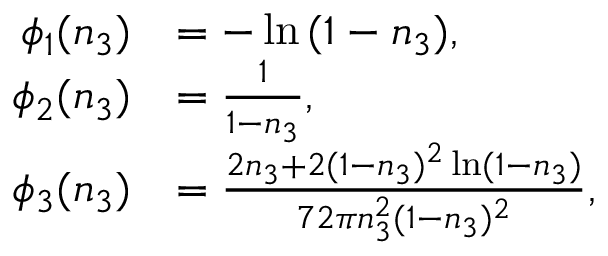
\begin{array} { r l } { \phi _ { 1 } ( n _ { 3 } ) } & { = - \ln { ( 1 - n _ { 3 } ) } , } \\ { \phi _ { 2 } ( n _ { 3 } ) } & { = \frac { 1 } { 1 - n _ { 3 } } , } \\ { \phi _ { 3 } ( n _ { 3 } ) } & { = \frac { 2 n _ { 3 } + 2 ( 1 - n _ { 3 } ) ^ { 2 } \ln ( 1 - n _ { 3 } ) } { 7 2 \pi n _ { 3 } ^ { 2 } ( 1 - n _ { 3 } ) ^ { 2 } } , } \end{array}